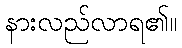
နားလည်လာရ၏။